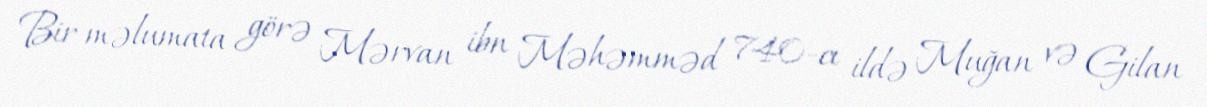
Bir məlumata görə Mərvan ibn Məhəmməd 740-cı ildə Muğan və Gilan